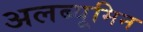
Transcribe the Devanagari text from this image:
अलब्यूमिन